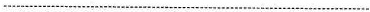
___